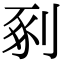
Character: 剢